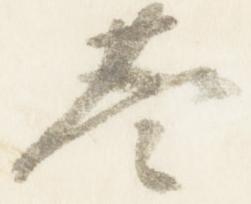
基